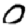
Digit: 0